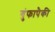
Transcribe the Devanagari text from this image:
गुंफापैकी